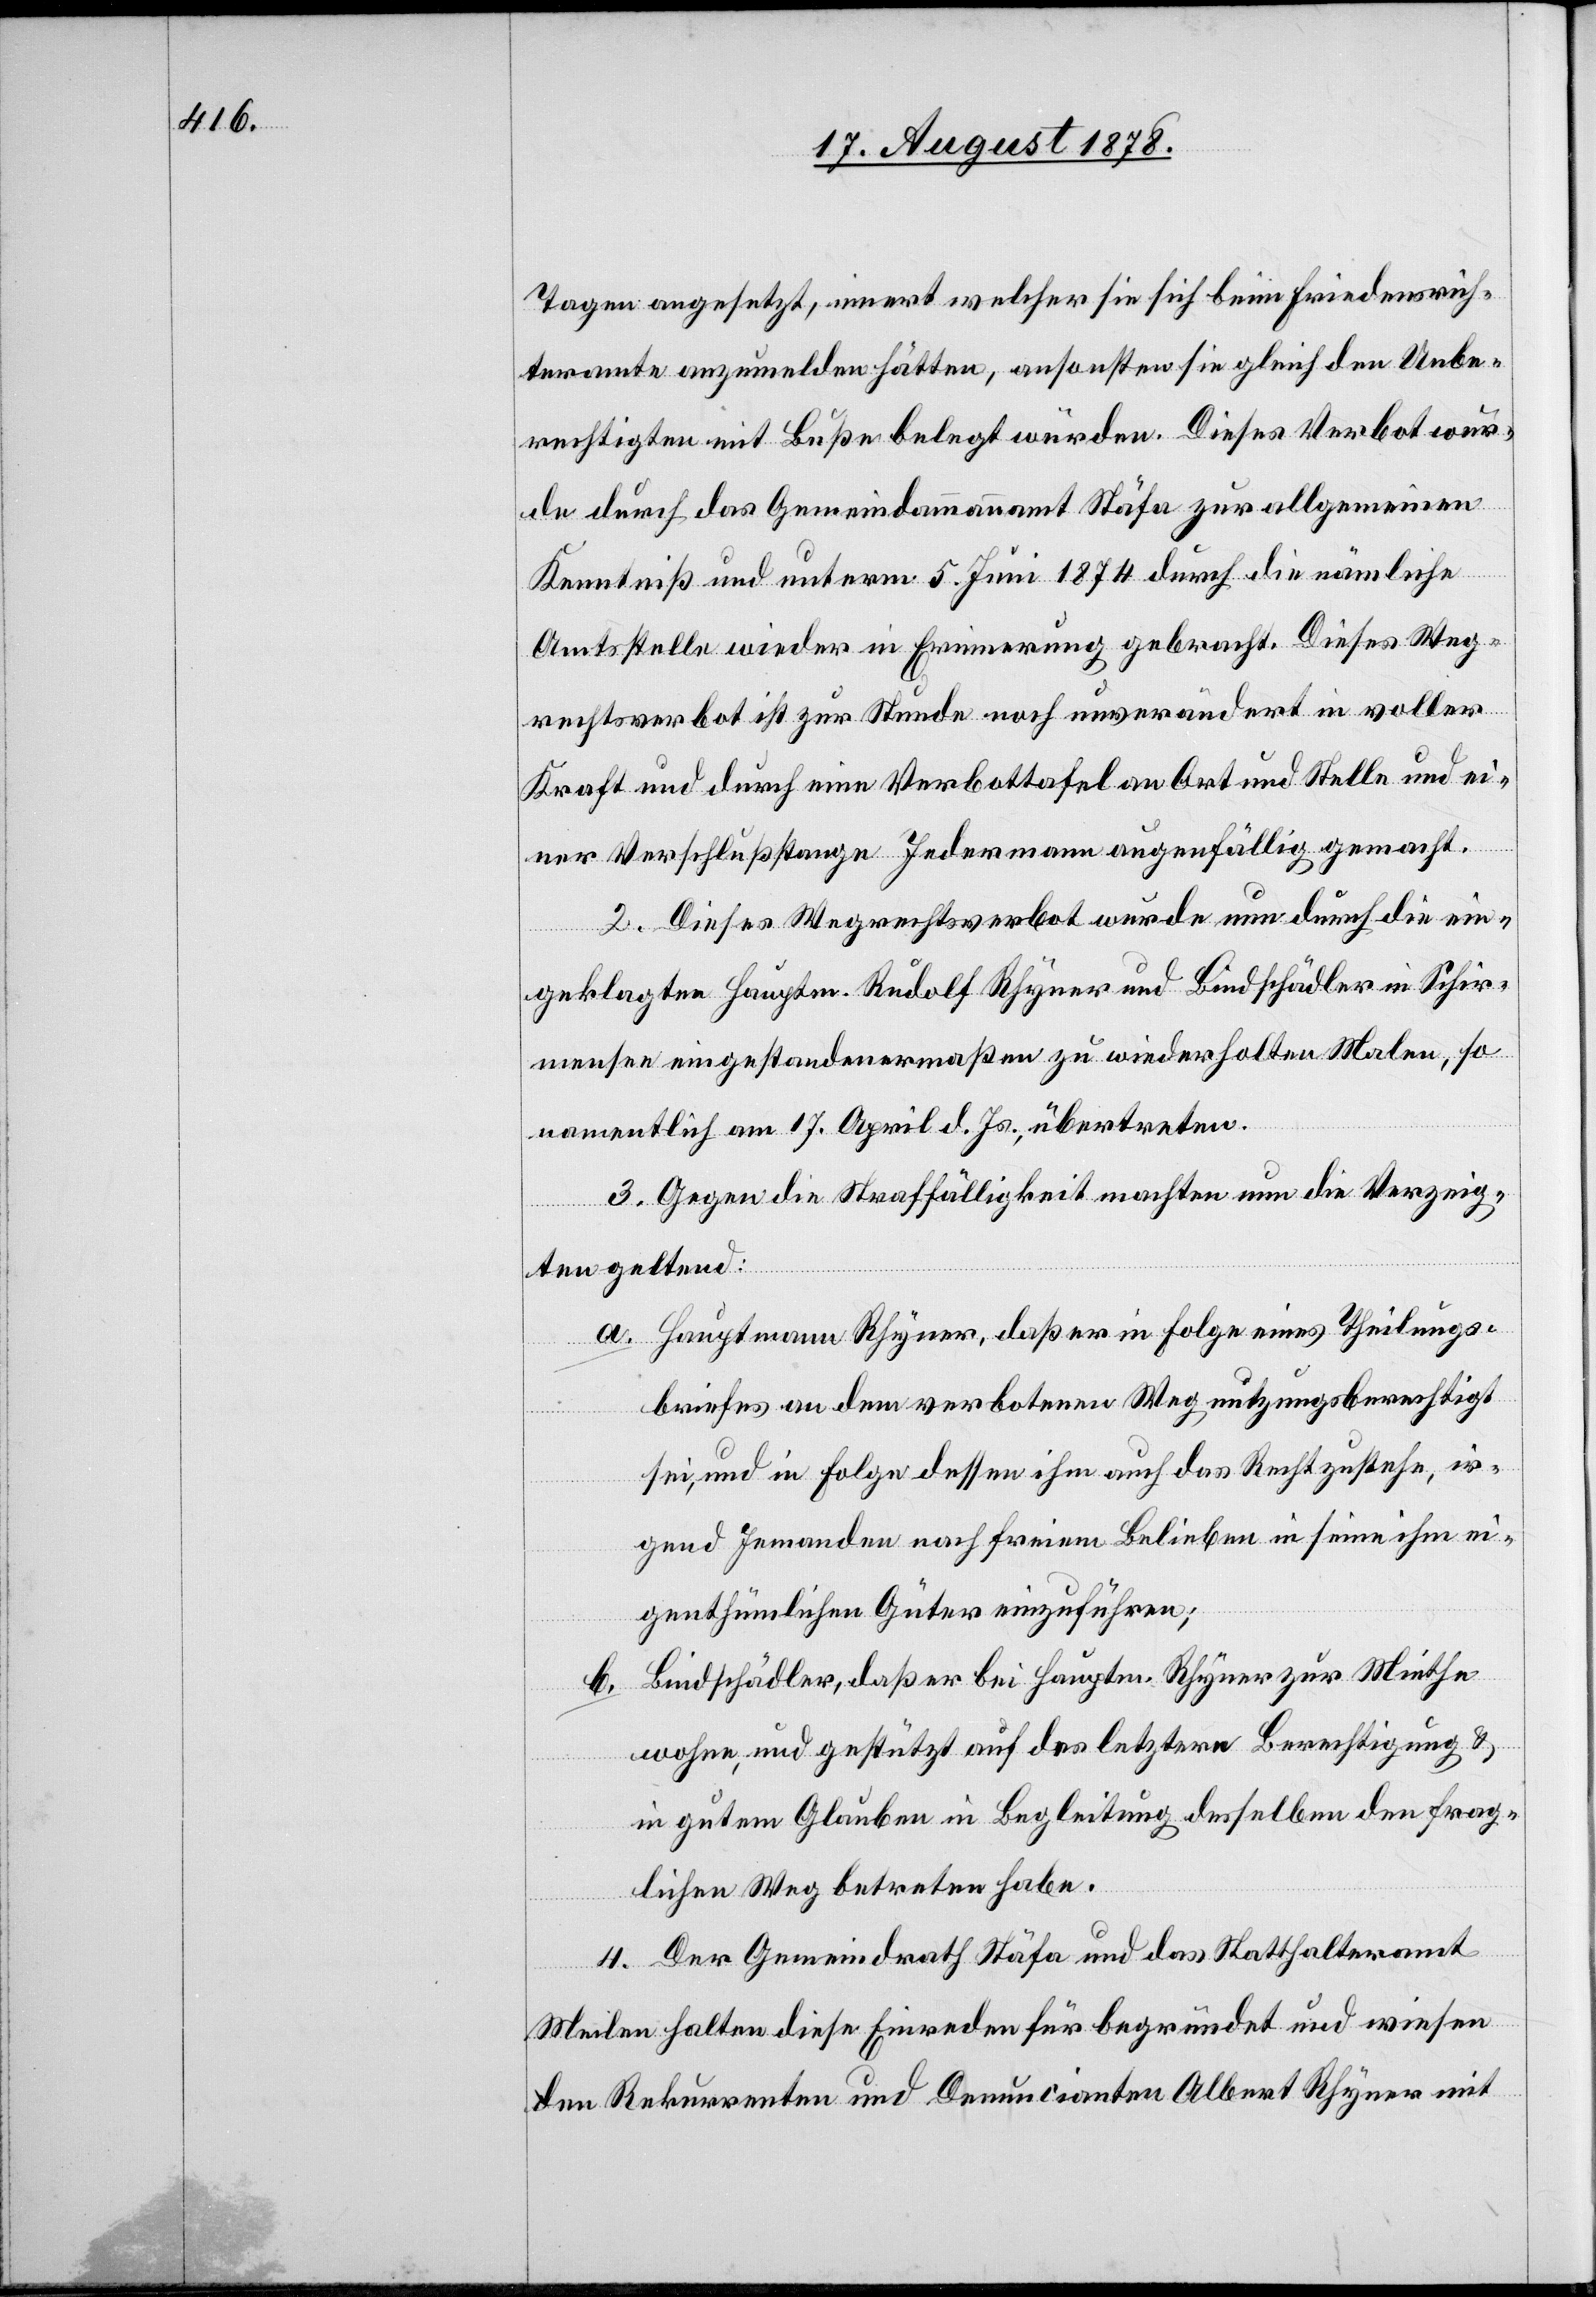
Tagen angesetzt, innert welcher sie sich beim Friedensrich¬
teramte anzumelden hätten, ansonsten sie gleich den Unbe¬
rechtigten mit Buße belegt würden. Dieses Verbot wur¬
de durch das Gemeindeammannamt Stäfa zur allgemeinen
Kenntniß und unterm 5. Juni 1874 durch die nämliche
Amtsstelle wieder in Erneuerung gebracht. Dieses Weg¬
rechtsverbot ist zur Stunde noch unverändert in voller
Kraft und durch eine Verbottafel an Ort und Stelle und ei¬
ner Verschlußstange Jedermann augenfällig gemacht.
2. Dieses Wegrechtsverbot wurde nun durch die ein¬
geklagten Hauptm. Rudolf Rhyner und Bindschädler in Schir¬
mensee eingestandenermaßen zu wiederholten Malen, so
namentlich am 17. April d. Js. übertreten.
3. Gegen die Straffälligkeit machten nun die Verzeig¬
ten geltend:
a. Hauptmann Rhyner, daß er in Folge eines Theilungs¬
briefes an dem verbotenen Weg nutzungsberechtigt
sei, und in Folge dessen ihm auch das Recht zustehe, ir¬
gend Jemanden nach freiem Belieben in seine ihm ei¬
genthümlichen Güter einzuführen;
Bindschädler, daß er bei Hauptm. Rhyner zur Miethe
b.
wohne, und gestützt auf des letztern Berechtigung &
in gutem Glauben in Begleitung desselben den frag¬
lichen Weg betreten habe.
4. Der Gemeindrath Stäfa und das Statthalteramt
Meilen halten diese Einreden für begründet und wiesen
dem Rekurrenten und Denuncianten Albert Rhyner mit